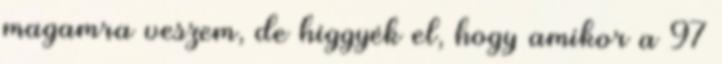
magamra veszem, de higgyék el, hogy amikor a 97